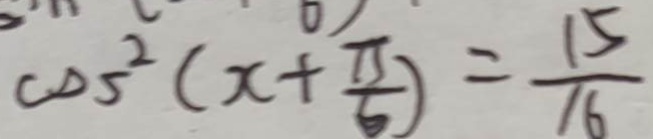
\cos ^ { 2 } ( x + \frac { \pi } { 6 } ) = \frac { 1 5 } { 1 6 }